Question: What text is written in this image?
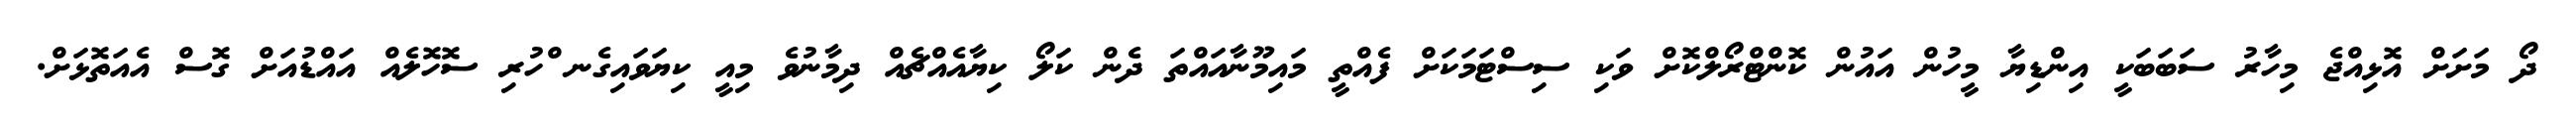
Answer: ދޯ މަށަށް އޮޅިއްޖެ މިހާރު ސަބަބަކީ އިންޑިޔާ މީހުން އައުން ކޮންޓްރޯލްކޮށް ވަކި ސިސްޓަމަކަށް ފެއްތީ މައިމޫނާއައްތަ ދެން ކަލޯ ކިޔާއެއްޗެއް ދިމާނުވެ މިއީ ކިޔަވައިގެނ ްހުރި ސޮހޮލެއް އައްޑުއަށް ގޮސް އެއަތޮޅަށް.